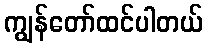
ကျွန်တော်ထင်ပါတယ်